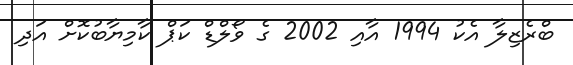
ބްރެޒިލާ އެކު 1994 އާއި 2002 ގެ ވޯލްޑް ކަޕް ކާމިޔާބުކޮށް އަދި